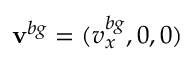
\mathbf { v } ^ { b g } = ( v _ { x } ^ { b g } , 0 , 0 )